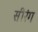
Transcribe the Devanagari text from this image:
सीरंग